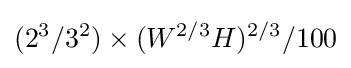
(2^{3}/3^{2})\times (W^{2/3}H)^{2/3}/100